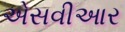
એસવીઆર